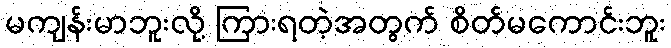
မကျန်းမာဘူးလို့ ကြားရတဲ့အတွက် စိတ်မကောင်းဘူး